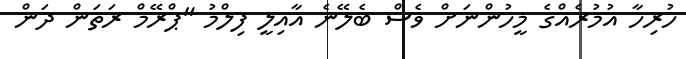
ހުރިހާ އުމުރެއްގެ މީހުންނަށް ވެސް ބެލޭނެ އާއިލީ ފިލްމު "ޕްރޭމް ރަތަން ދަން